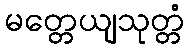
မတ္တေယျသုတ္တံ